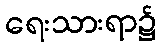
ရေးသားရာ၌